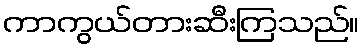
ကာကွယ်တားဆီးကြသည်။